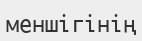
меншігінің